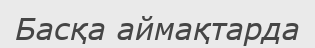
Басқа аймақтарда